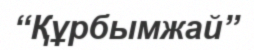
“Құрбымжай”